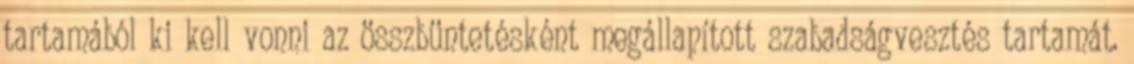
tartamából ki kell vonni az összbüntetésként megállapított szabadságvesztés tartamát.